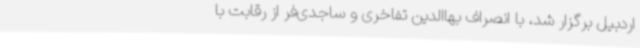
اردبیل برگزار شد، با انصراف بهاالدین تفاخری و ساجدی‌فر از رقابت با